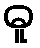
ဓူ